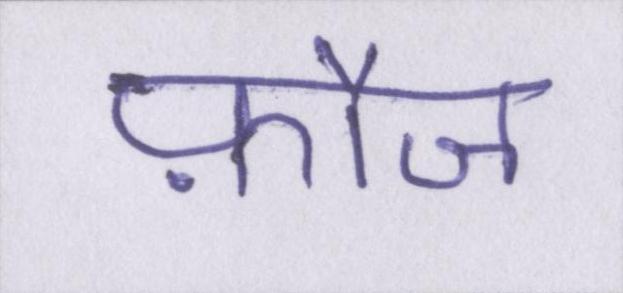
फ़ौज